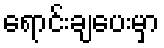
ရောင်းချပေးမှာ